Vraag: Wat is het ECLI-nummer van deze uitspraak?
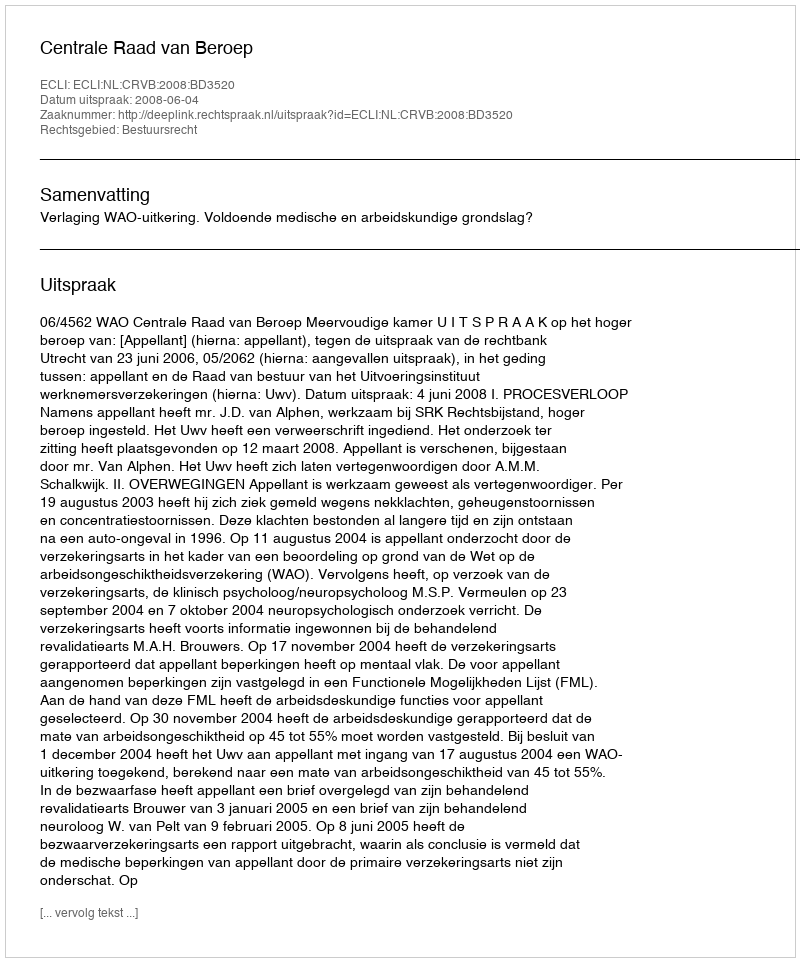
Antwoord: ECLI:NL:CRVB:2008:BD3520